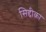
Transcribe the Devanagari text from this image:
सिद्दीक़ा